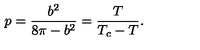
p = \frac { b ^ { 2 } } { 8 \pi - b ^ { 2 } } = \frac { T } { T _ { c } - T } .